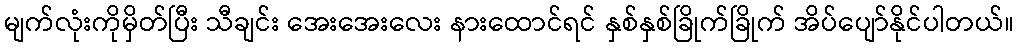
မျက်လုံးကိုမှိတ်ပြီး သီချင်း အေးအေးလေး နားထောင်ရင် နှစ်နှစ်ခြိုက်ခြိုက် အိပ်ပျော်နိုင်ပါတယ်။